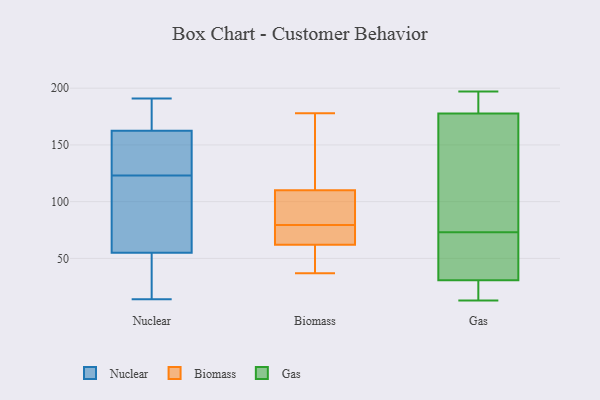
{"axis": {"x": "Headcount", "y": "Value"}, "legend": ["Biomass", "Gas", "Nuclear"], "data": [{"x": "", "y": 114, "type": "Nuclear"}, {"x": "", "y": 138, "type": "Nuclear"}, {"x": "", "y": 19, "type": "Nuclear"}, {"x": "", "y": 155, "type": "Nuclear"}, {"x": "", "y": 110, "type": "Nuclear"}, {"x": "", "y": 53, "type": "Nuclear"}, {"x": "", "y": 61, "type": "Nuclear"}, {"x": "", "y": 171, "type": "Nuclear"}, {"x": "", "y": 123, "type": "Nuclear"}, {"x": "", "y": 26, "type": "Nuclear"}, {"x": "", "y": 14, "type": "Nuclear"}, {"x": "", "y": 173, "type": "Nuclear"}, {"x": "", "y": 163, "type": "Nuclear"}, {"x": "", "y": 191, "type": "Nuclear"}, {"x": "", "y": 187, "type": "Nuclear"}, {"x": "", "y": 94, "type": "Nuclear"}, {"x": "", "y": 129, "type": "Nuclear"}, {"x": "", "y": 161, "type": "Nuclear"}, {"x": "", "y": 32, "type": "Nuclear"}, {"x": "", "y": 69, "type": "Biomass"}, {"x": "", "y": 62, "type": "Biomass"}, {"x": "", "y": 51, "type": "Biomass"}, {"x": "", "y": 178, "type": "Biomass"}, {"x": "", "y": 37, "type": "Biomass"}, {"x": "", "y": 82, "type": "Biomass"}, {"x": "", "y": 83, "type": "Biomass"}, {"x": "", "y": 110, "type": "Biomass"}, {"x": "", "y": 151, "type": "Biomass"}, {"x": "", "y": 77, "type": "Biomass"}, {"x": "", "y": 197, "type": "Gas"}, {"x": "", "y": 33, "type": "Gas"}, {"x": "", "y": 25, "type": "Gas"}, {"x": "", "y": 13, "type": "Gas"}, {"x": "", "y": 196, "type": "Gas"}, {"x": "", "y": 197, "type": "Gas"}, {"x": "", "y": 174, "type": "Gas"}, {"x": "", "y": 179, "type": "Gas"}, {"x": "", "y": 78, "type": "Gas"}, {"x": "", "y": 18, "type": "Gas"}, {"x": "", "y": 45, "type": "Gas"}, {"x": "", "y": 73, "type": "Gas"}, {"x": "", "y": 76, "type": "Gas"}, {"x": "", "y": 30, "type": "Gas"}, {"x": "", "y": 48, "type": "Gas"}]}